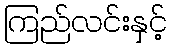
ကြည်လင်းနှင့်